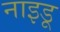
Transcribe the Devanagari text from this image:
नाइडू